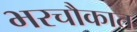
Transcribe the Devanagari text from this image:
भरचौकात